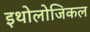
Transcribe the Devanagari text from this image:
इथोलोजिकल